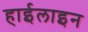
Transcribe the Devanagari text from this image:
हाईलाइन